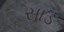
સાડ